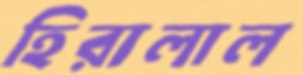
হিরালাল